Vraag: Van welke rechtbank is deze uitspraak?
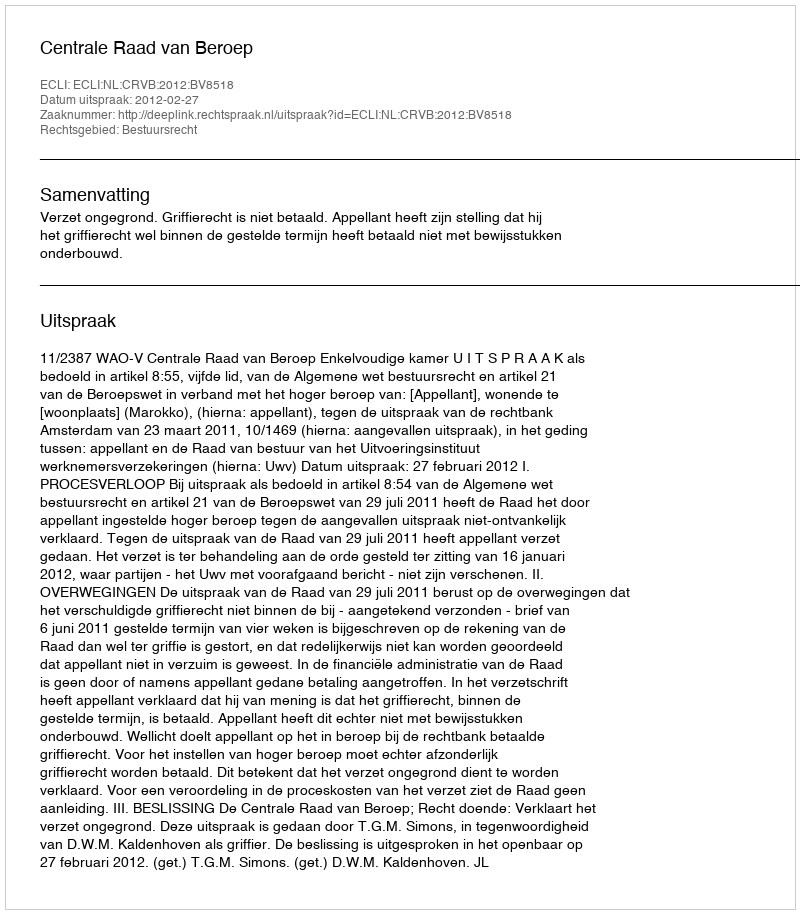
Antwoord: Centrale Raad van Beroep